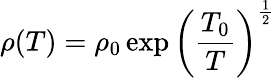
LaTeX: \rho(T)=\rho_{0}\exp\left(\frac{T_{0}}{T}\right)^{\frac{1}{2}}